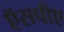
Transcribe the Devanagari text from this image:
ऍसपीए